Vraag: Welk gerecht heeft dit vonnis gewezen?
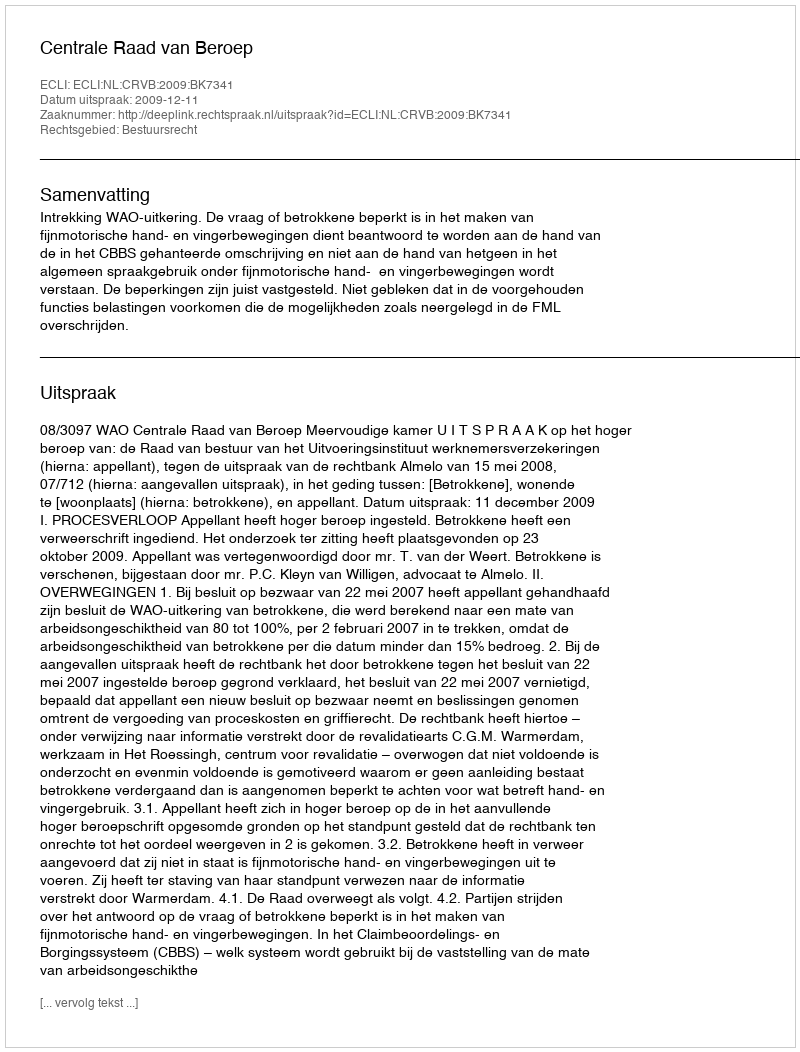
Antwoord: Centrale Raad van Beroep